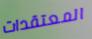
المعتقدات